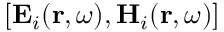
[ \mathbf { E } _ { i } ( \mathbf { r } , \omega ) , \mathbf { H } _ { i } ( \mathbf { r } , \omega ) ]